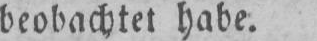
beobachtet habe.